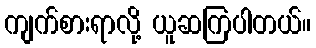
ကျက်စားရာလို့ ယူဆကြပါတယ်။